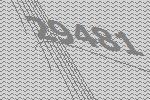
29481